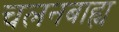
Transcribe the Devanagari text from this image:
चलनबाह्य